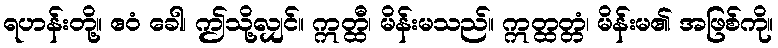
ရဟန်းတို့။ ဧဝံ ခေါ၊ ဤသို့လျှင်။ ဣတ္ထီ၊ မိန်းမသည်။ ဣတ္ထတ္တံ၊ မိန်းမ၏ အဖြစ်ကို။